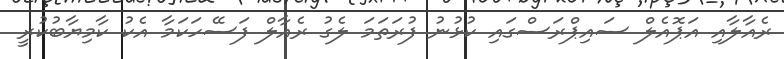
ރެއާލާއި އަޕޮއެލް ސައިޕްރަސްގައި ކުޅުނު ފުރަތަމަ ލެގު ރެއާލް ފަސޭހަކަމާ އެކު ކާމިޔާބުކުރީ